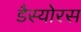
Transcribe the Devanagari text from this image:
डैस्योरस